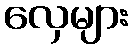
လှေများ